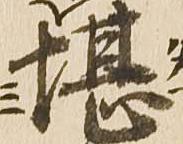
堪